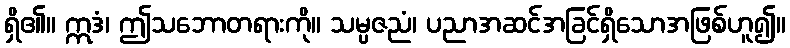
ရှိ၏။ ဣဒံ၊ ဤသဘောတရားကို။ သမ္ပဇညံ၊ ပညာအဆင်အခြင်ရှိသောအဖြစ်ဟူ၍။